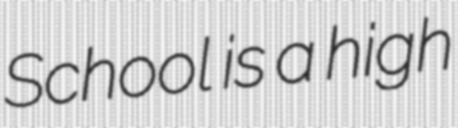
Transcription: School is a high